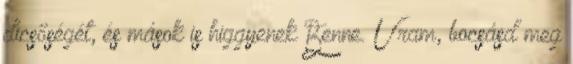
dicsőségét, és mások is higgyenek Benne. Uram, bocsásd meg